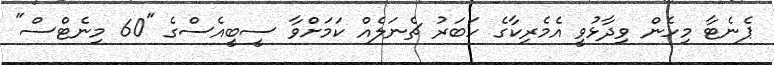
ޕެނެޓާ މިހެން ވިދާޅުވީ އެމެރިކާގެ ހަބަރު ޗެނަލެއް ކަމަށްވާ ސީބީއެސްގެ "60 މިނެޓްސް"